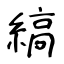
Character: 縞